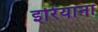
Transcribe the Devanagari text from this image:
इरियाना